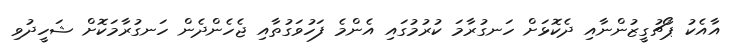
އާއެކު ޕޯޗުގީޒުންނާއި ދެކޮޅަށް ހަނގުރާމަ ކުރުމުގައި އެންމެ ފަހުވަގުތާއި ޖެހެންދެން ހަނގުރާމަކޮށް ޝަހީދުވި